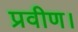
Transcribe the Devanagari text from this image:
प्रवीण।